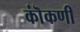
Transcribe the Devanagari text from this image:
कॊंकणी